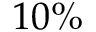
1 0 \%